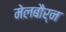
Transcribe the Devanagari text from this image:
मेलबौर्न